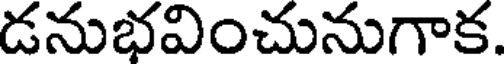
డనుభవించునుగాక.